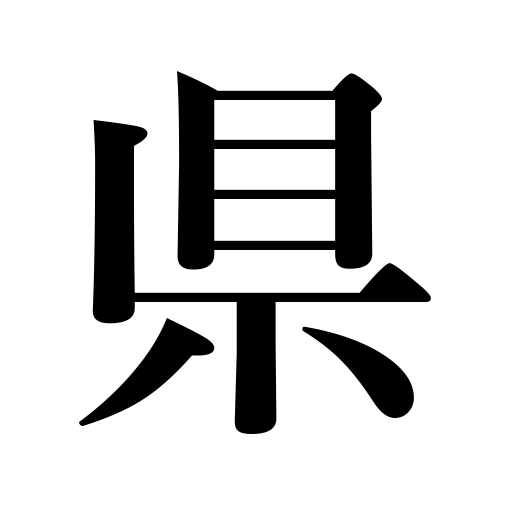
Meanings: prefecture,district in China